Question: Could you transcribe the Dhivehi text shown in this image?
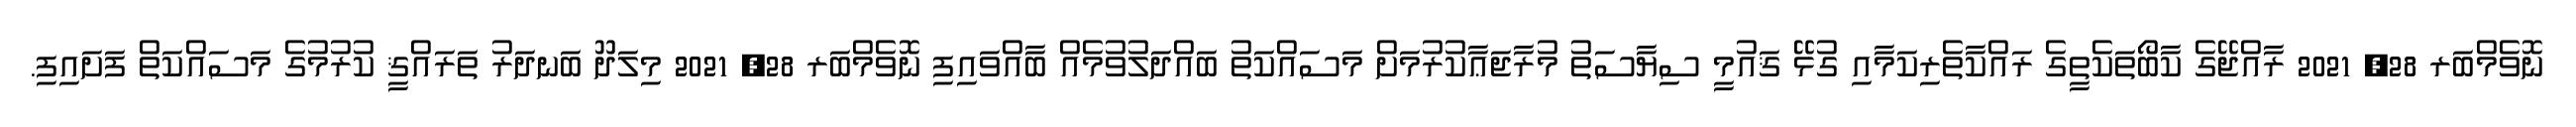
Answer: ނޮވެމްބަރ 28, 2021 ރާއްޖޭގެ ކާބޯތަކެތީގެ ރައްކާތެރިކަމާއި ގުޅޭ ޤައުމީ ސިޔާސަތު މުރާޖަޢާކުރުމަށް މަސައްކަތު ބައްދަލުވުމެއް ބާއްވައިފި ނޮވެމްބަރ 28, 2021 މިލަދޫ ބަނދަރު ތަރައްޤީ ކުރުމުގެ މަސައްކަތް ފަށައިފި.